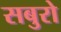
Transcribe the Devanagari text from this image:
सबुरो